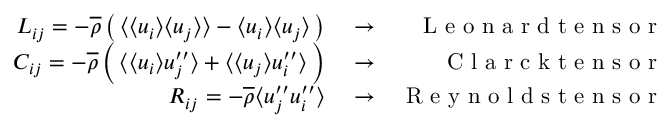
\begin{array} { r l r } { L _ { i j } = - \overline { { \rho } } \left( \, \langle { \langle u _ { i } \rangle \langle u _ { j } \rangle } \rangle - \langle u _ { i } \rangle \langle u _ { j } \rangle \, \right) } & { { } \rightarrow } & { \mathrm { ~ L ~ e ~ o ~ n ~ a ~ r ~ d ~ t ~ e ~ n ~ s ~ o ~ r ~ } } \\ { C _ { i j } = - \overline { { \rho } } \left( \, \langle { \langle u _ { i } \rangle u _ { j } ^ { \prime \prime } } \rangle + \langle { \langle u _ { j } \rangle u _ { i } ^ { \prime \prime } } \rangle \, \right) } & { { } \rightarrow } & { \mathrm { ~ C ~ l ~ a ~ r ~ c ~ k ~ t ~ e ~ n ~ s ~ o ~ r ~ } } \\ { R _ { i j } = - \overline { { \rho } } \langle { u _ { j } ^ { \prime \prime } u _ { i } ^ { \prime \prime } } \rangle } & { { } \rightarrow } & { \mathrm { ~ R ~ e ~ y ~ n ~ o ~ l ~ d ~ s ~ t ~ e ~ n ~ s ~ o ~ r ~ } } \end{array}